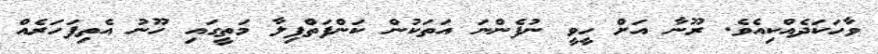
ވާހަކަދެއްކިއެވެ. ރޫނާ އަށް ހީވީ ނުފެންނަ އަތަކުން ކަންފަތްފިލާ މަތީގައި ހޫނު އެތިފަހަރެއް